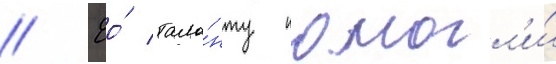
// Ео́ тала́нту помогл'и́